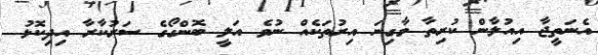
އެނަތީޖާ އިއުލާން ކުރިތާ މާގިނަ އިރުތަކެއް ނުވެ އަލީ ބޮންގޯގެ ސަރުކާރާ އިދިކޮޅު